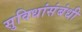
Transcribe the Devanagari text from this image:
सुविधांसंबंधी